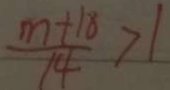
\frac { m + 1 8 } { 1 4 } > 1